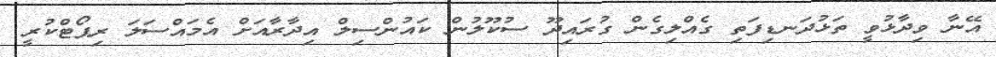
އޭނާ ވިދާޅުވީ ތަޅުދަނޑިފަތި ގެއްލިގެން ގުރައިދޫ ސުކޫލުން ކައުންސިލް އިދާރާއަށް އެމައްސަލަ ރިޕޯޓްކުރީ